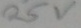
Text: 25v